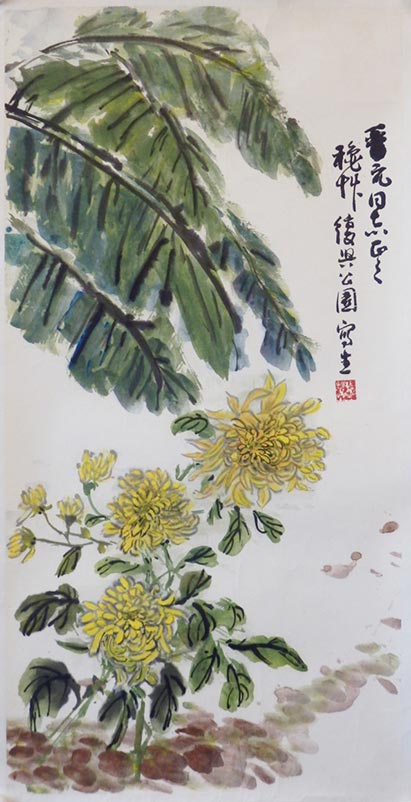
黄菊散芳丛，清泉凝白雪。